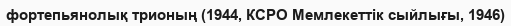
фортепьянолық трионың (1944, КСРО Мемлекеттік сыйлығы, 1946)